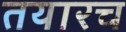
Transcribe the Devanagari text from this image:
तयारच